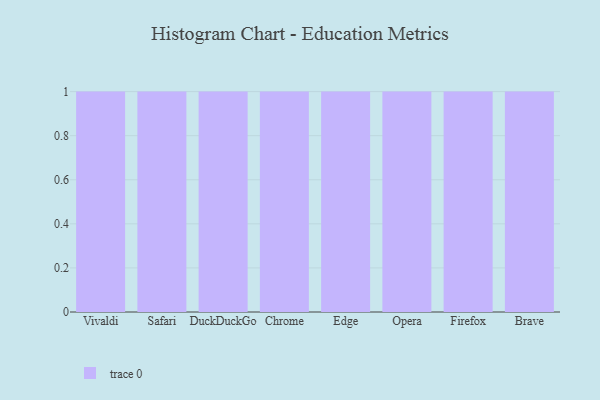
{"axis": {"x": "Browser", "y": "Temperature (°C)"}, "legend": [""], "data": [{"x": "Vivaldi", "y": 30, "type": ""}, {"x": "Safari", "y": 76, "type": ""}, {"x": "DuckDuckGo", "y": 8, "type": ""}, {"x": "Chrome", "y": 9, "type": ""}, {"x": "Edge", "y": 41, "type": ""}, {"x": "Opera", "y": 45, "type": ""}, {"x": "Firefox", "y": 65, "type": ""}, {"x": "Brave", "y": 48, "type": ""}]}